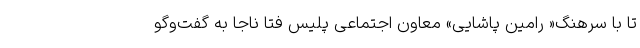
تا با سرهنگ« رامین پاشایی» معاون اجتماعی پلیس فتا ناجا به گفت‌وگو